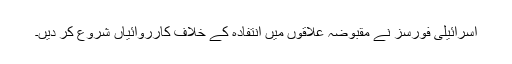
اسرائیلی فورسز نے مقبوضہ علاقوں میں انتفادہ کے خلاف کارروائیاں شروع کر دیں۔